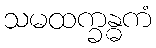
သမထက္ခန္ဓကံ